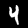
Digit: 4